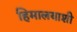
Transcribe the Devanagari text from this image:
हिमालयाशी